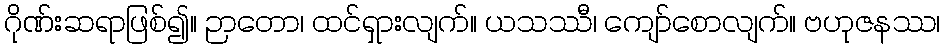
ဂိုဏ်းဆရာဖြစ်၍။ ဉာတော၊ ထင်ရှားလျက်။ ယသဿီ၊ ကျော်စောလျက်။ ဗဟုဇနဿ၊